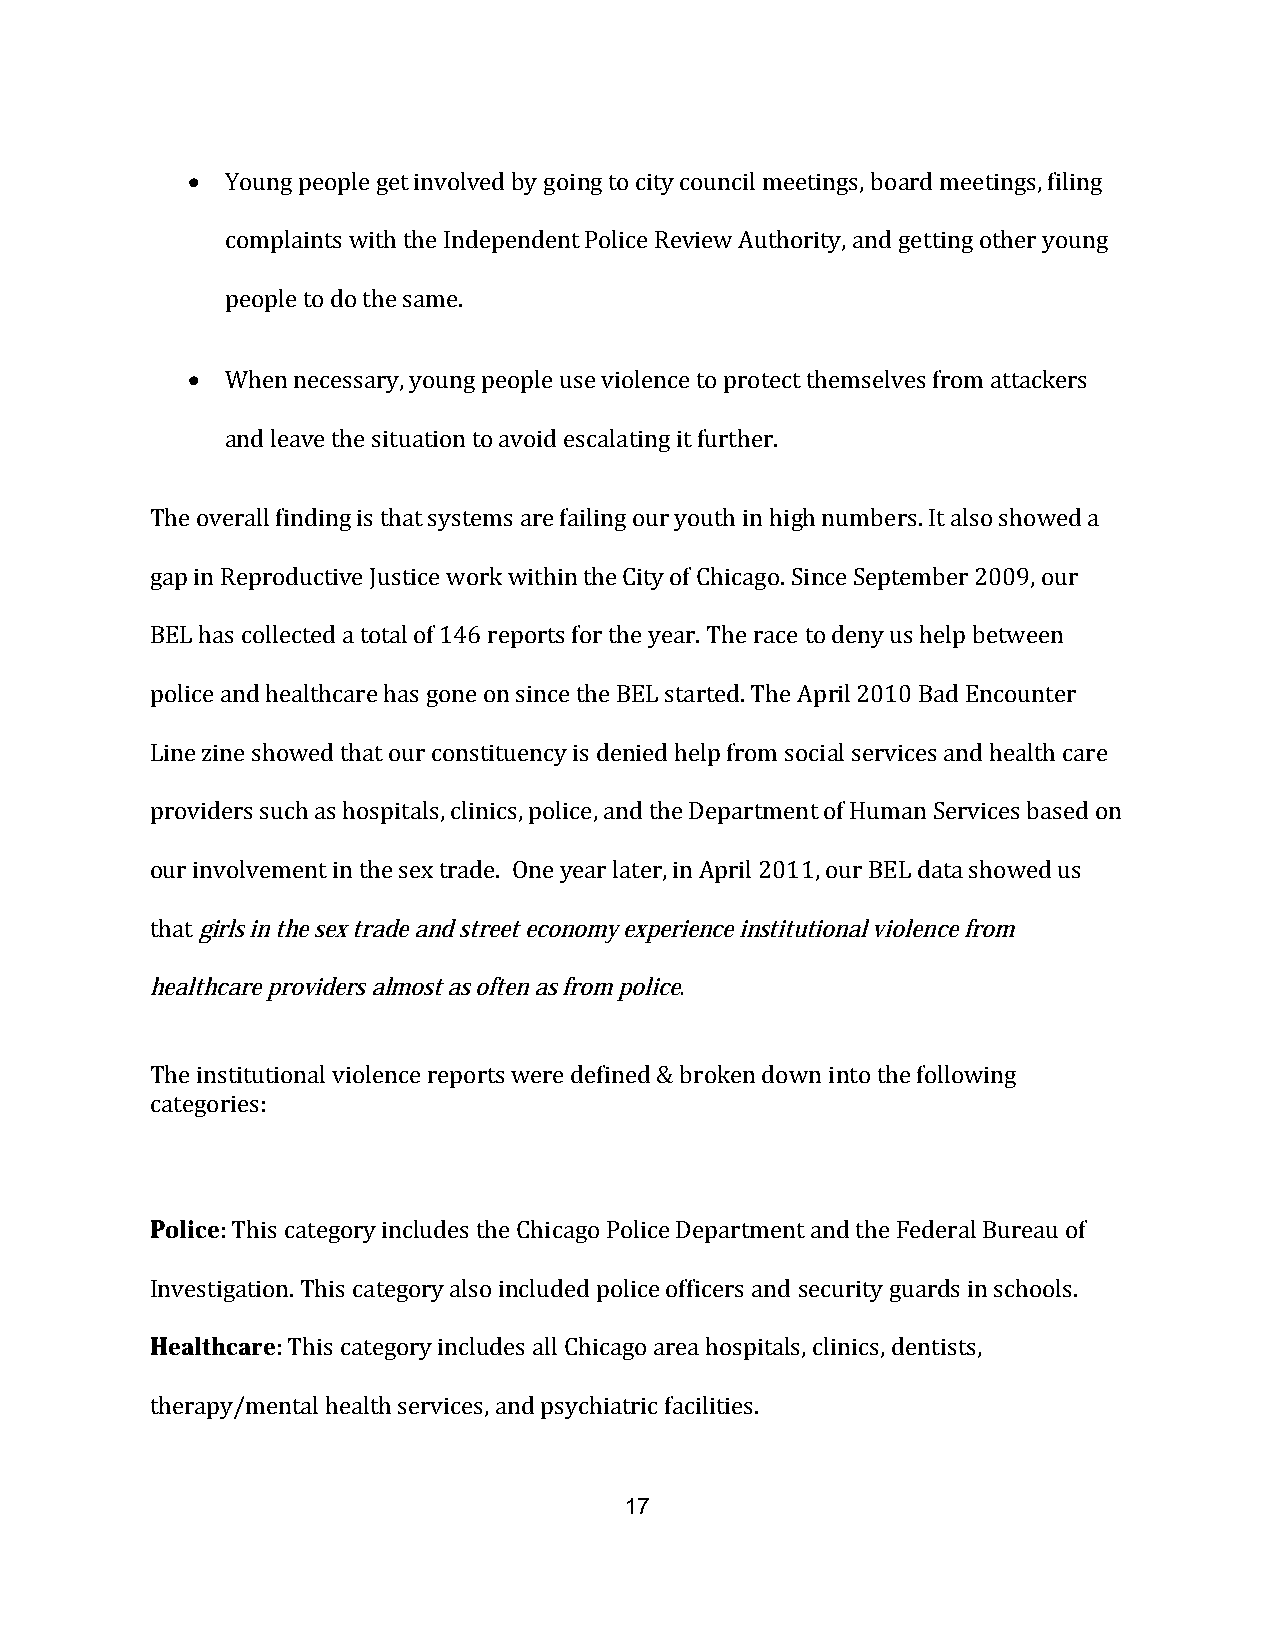
•  Young people get involved by going to city council meetings, board meetings, filing
 complaints with the Independent Police Review Authority, and getting other young
 people to do the same.
 •  When necessary, young people use violence to protect themselves from attackers
 and leave the situation to avoid escalating it further.
 The overall finding is that systems are failing our youth in high numbers. It also showed a
 gap in Reproductive Justice work within the City of Chicago. Since September 2009, our
 BEL has collected a total of 146 reports for the year. The race to deny us help between
 police and healthcare has gone on since the BEL started. The April 2010 Bad Encounter
 Line zine showed that our constituency is denied help from social services and health care
 providers such as hospitals, clinics, police, and the Department of Human Services based on
 our involvement in the sex trade. One year later, in April 2011, our BEL data showed us
 that girls in the sex trade and street economy experience institutional violence from
 healthcare providers almost as often as from police.
 The institutional violence reports were defined & broken down into the following
 categories:
 Police: This category includes the Chicago Police Department and the Federal Bureau of
 Investigation. This category also included police officers and security guards in schools.
 Healthcare: This category includes all Chicago area hospitals, clinics, dentists,
 therapy/mental health services, and psychiatric facilities.
 17